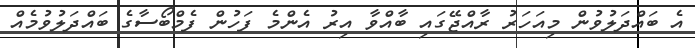
އެ ބައްދަލުވުން މިއަހަރު ރާއްޖޭގައި ބާއްވާ އިރު އެންމެ ފަހުން ފެމްބޯސާގެ ބައްދަލުވުމެއް